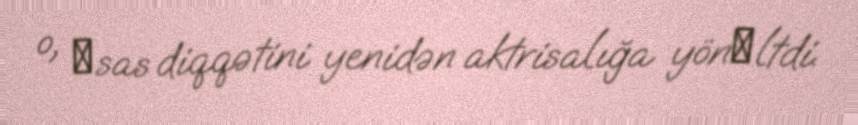
o, әsas diqqətini yenidən aktrisalığa yönәltdi.